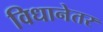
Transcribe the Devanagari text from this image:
विधानेतर